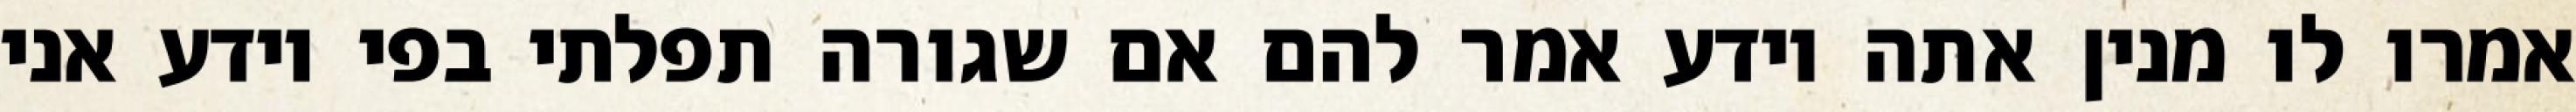
אמרו לו מנין אתה יודע אמר להם אם שגורה תפלתי בפי יודע אני